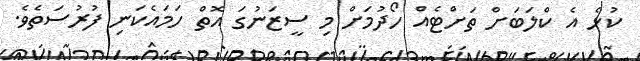
ކުޅެ އެ ކްލަބަށް ތަށްޓެއް ހޯދުމަށް މި ސީޒަނުގަ އޮތް ހަމައެކަނި ފުރުސަތެވެ.